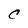
Character: C